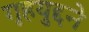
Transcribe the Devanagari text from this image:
गृहयुद्दने